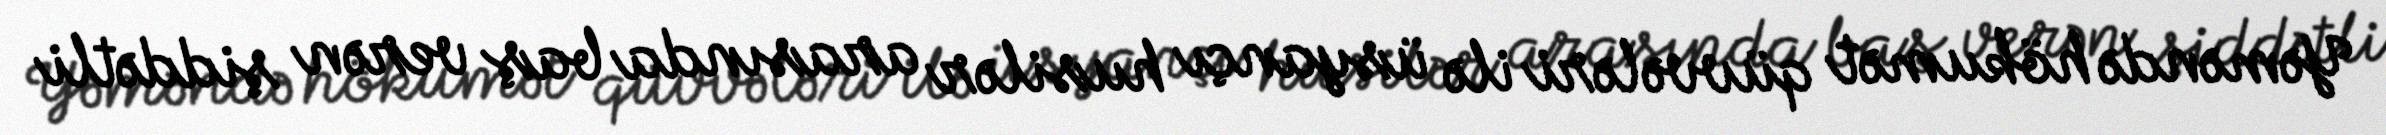
Yəməndə hökumət qüvvələri ilə üsyançı husilər arasında baş verən şiddətli